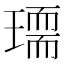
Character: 𰢏